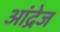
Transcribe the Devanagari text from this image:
आंद्रेज